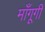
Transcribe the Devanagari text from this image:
माँगूगी